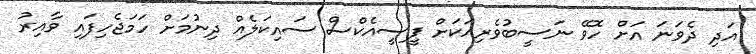
އަދި ދެވަނަ އަށް ހޮވޭ ނަސީބުވެރިއަކަށް ޕީސީއެކްސް ސައިކަލެއް ދިނުމަށް ހަމަޖެހިފައި ވާއިރު